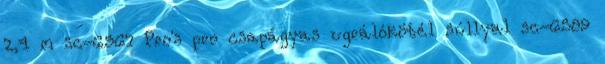
2,4 m sc-6567 Pro's pro csapágyas ugrálókötél súllyal sc-6589